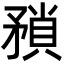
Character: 𭿻